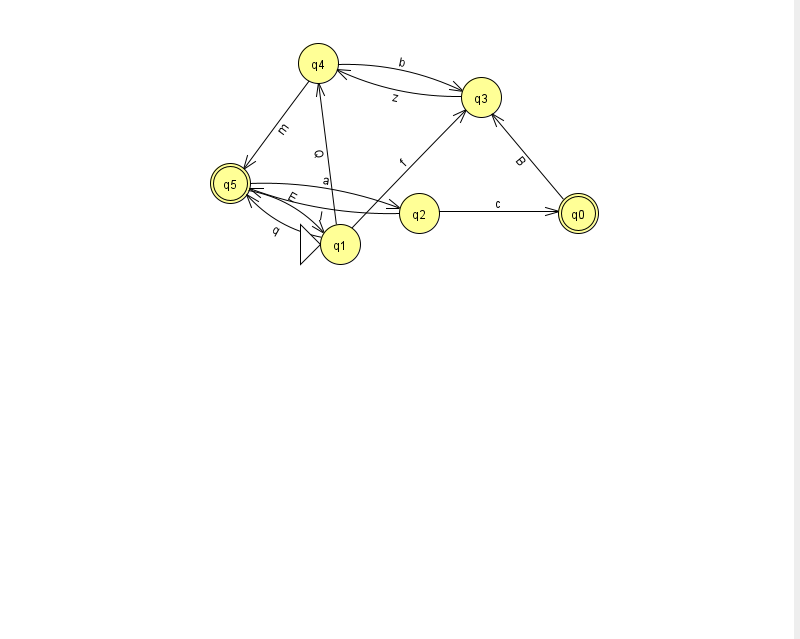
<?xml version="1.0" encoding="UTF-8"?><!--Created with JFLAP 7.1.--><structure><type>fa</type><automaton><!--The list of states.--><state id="0" name="q0"><x>578.0</x><y>200.0</y><final/></state><state id="1" name="q1"><x>340.0</x><y>231.0</y><initial/></state><state id="2" name="q2"><x>419.0</x><y>200.0</y></state><state id="3" name="q3"><x>481.0</x><y>84.0</y></state><state id="4" name="q4"><x>318.0</x><y>50.0</y></state><state id="5" name="q5"><x>230.0</x><y>170.0</y><final/></state><!--The list of transitions.--><transition><from>0</from><to>3</to><read>B</read></transition><transition><from>1</from><to>5</to><read>q</read></transition><transition><from>3</from><to>4</to><read>z</read></transition><transition><from>4</from><to>5</to><read>m</read></transition><transition><from>1</from><to>3</to><read>f</read></transition><transition><from>5</from><to>1</to><read>E</read></transition><transition><from>2</from><to>5</to><read>I</read></transition><transition><from>1</from><to>4</to><read>Q</read></transition><transition><from>4</from><to>3</to><read>b</read></transition><transition><from>2</from><to>0</to><read>c</read></transition><transition><from>5</from><to>2</to><read>a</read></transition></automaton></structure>